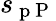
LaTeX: s_{\mathrm{~p~P~}}